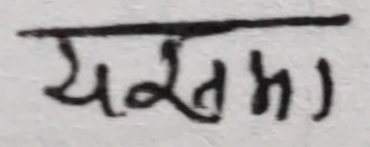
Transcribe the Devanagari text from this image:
यक्तमा